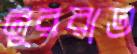
নুররাত